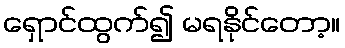
ရှောင်ထွက်၍ မရနိုင်တော့။